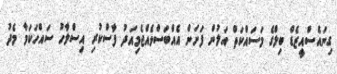
ގިނައެސްއީޒެޑް ބިލްގެ މަސައްކަތް އަލުން ފަށަން އެއްބަސްވެއްޖެމިއަދު ފާސްކުރި އިސްލާހު ސައްހަކަމާ މެދު